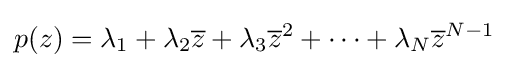
p(z)=\lambda _{1}+\lambda _{2}{\overline {z}}+\lambda _{3}{\overline {z}}^{2}+\cdots +\lambda _{N}{\overline {z}}^{N-1}